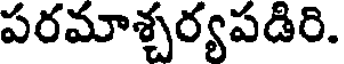
పరమాశ్చర్యపడిరి.